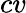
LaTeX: cv